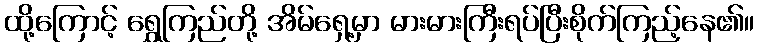
ထို့ကြောင့် ရွှေကြည်တို့ အိမ်ရှေ့မှာ မားမားကြီးရပ်ပြီးစိုက်ကြည့်နေ၏။